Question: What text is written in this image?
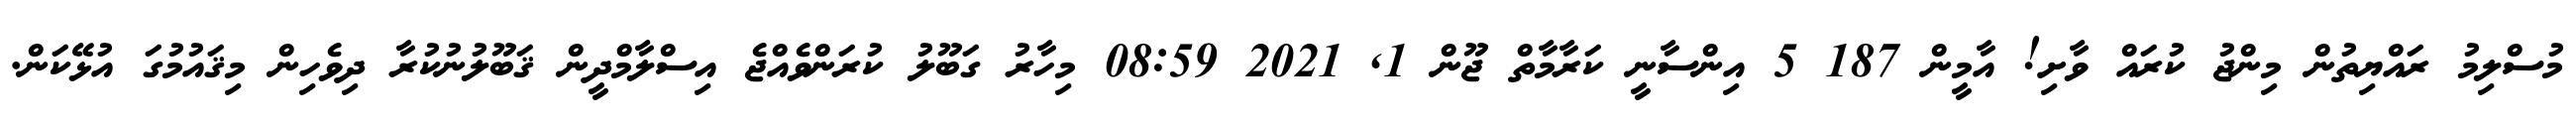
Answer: މުސްލިމު ރައްޔިތުން މިންޖު ކުރައް ވާށި! އާމީން 187 5 އިންސާނީ ކަރާމާތް ޖޫން 1, 2021 08:59 މިހާރު ގަބޫލު ކުރަންވެއްޖެ އިސްލާމްދީން ޤަބޫލުނުކުރާ ދިވެހިން މިޤައުމުގަ އުޅޭކަން.